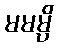
မမမ္ပိ